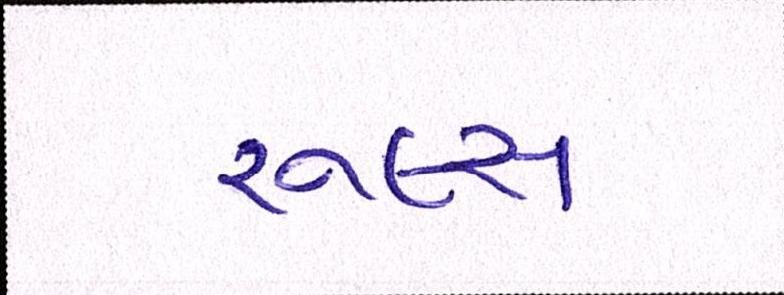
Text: રૂલ્સ